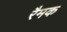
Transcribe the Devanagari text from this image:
रैमक